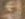
4